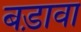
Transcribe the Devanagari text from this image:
बड़ावा